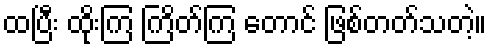
ထပြီး ထိုးကြ ကြိတ်ကြ တောင် ဖြစ်တတ်သတဲ့။